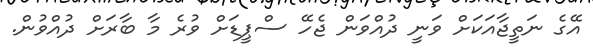
އޭގެ ނަތީޖާއަކަށް ވަނީ ދުއްވަން ޖެހޭ ސްޕީޑަށް ވުރެ މާ ބާރަށް ދުއްވުން.